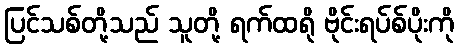
ပြင်သစ်တို့သည် သူတို့ ရက်ထရို ဗိုင်းရပ်စ်ပိုးကို